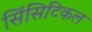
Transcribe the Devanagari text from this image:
सिंसिटिकल